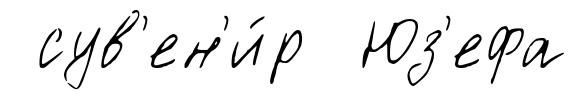
сув'ен'и́р Юз'ефа